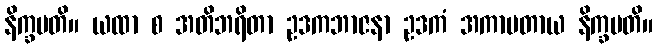
နိက္ခမတိ။ ယထာ စ အတိဘရိတာ ဥဒကဘာဇနာ ဥဒကံ အကာမတာယ နိက္ခမတိ။